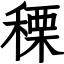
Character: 𥠲